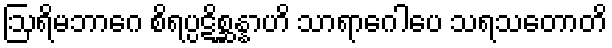
ဩရိမဘာဂေ စိရပ္ပဋိစ္ဆန္နာဟိ သာရာဂေါပေ သရသတောတိ